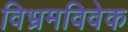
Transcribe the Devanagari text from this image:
विभ्रमविवेक